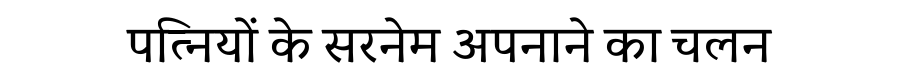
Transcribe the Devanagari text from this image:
पत्नियों के सरनेम अपनाने का चलन